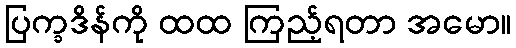
ပြက္ခဒိန်ကို ထထ ကြည့်ရတာ အမော။